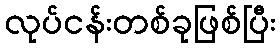
လုပ်ငန်းတစ်ခုဖြစ်ပြီး